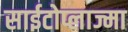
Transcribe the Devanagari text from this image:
साईटोप्लाज्मा